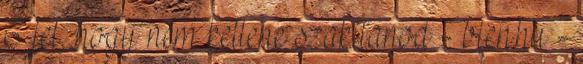
6 jel, hogy nem kellene szakítanod - bien.hu -